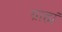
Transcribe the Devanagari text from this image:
ग्राह्मं